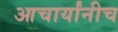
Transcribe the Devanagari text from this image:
आचार्यांनीच